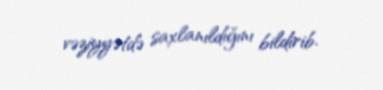
vəziyyətdə saxlanıldığını bildirib.